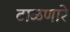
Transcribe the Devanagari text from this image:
टाळणारे